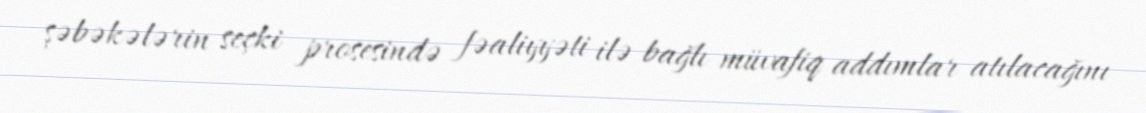
şəbəkələrin seçki prosesində fəaliyyəti ilə bağlı müvafiq addımlar atılacağını